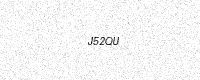
Text: J52QU